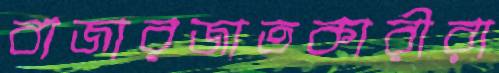
বাজারজাতকারীরা